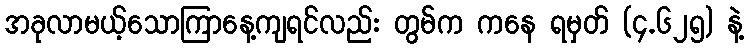
အခုလာမယ့်သောကြာနေ့ကျရင်လည်း တွမ်က ကနေ ရမှတ် (၄.၆၂၅) နဲ့